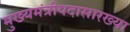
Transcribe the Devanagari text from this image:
मुख्यमंत्रीपदासारख्या